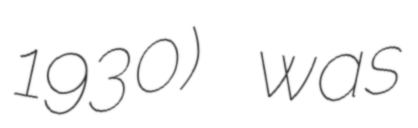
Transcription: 1930) was